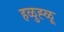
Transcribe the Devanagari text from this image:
हळुह्ळू